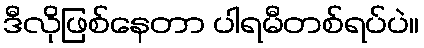
ဒီလိုဖြစ်နေတာ ပါရမီတစ်ရပ်ပဲ။